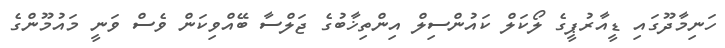
ހަނިމާދޫގައި ޑީއާރުޕީގެ ލޯކަލް ކައުންސިލް އިންތިޚާބުގެ ޖަލްސާ ބޭއްވިކަން ވެސް ވަނީ މައުމޫންގެ